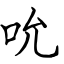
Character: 吮